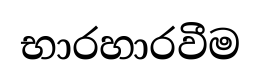
භාරහාරවීම